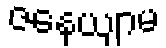
ဇနေယျာမ